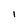
Character: i